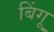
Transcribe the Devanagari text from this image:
बिंगू